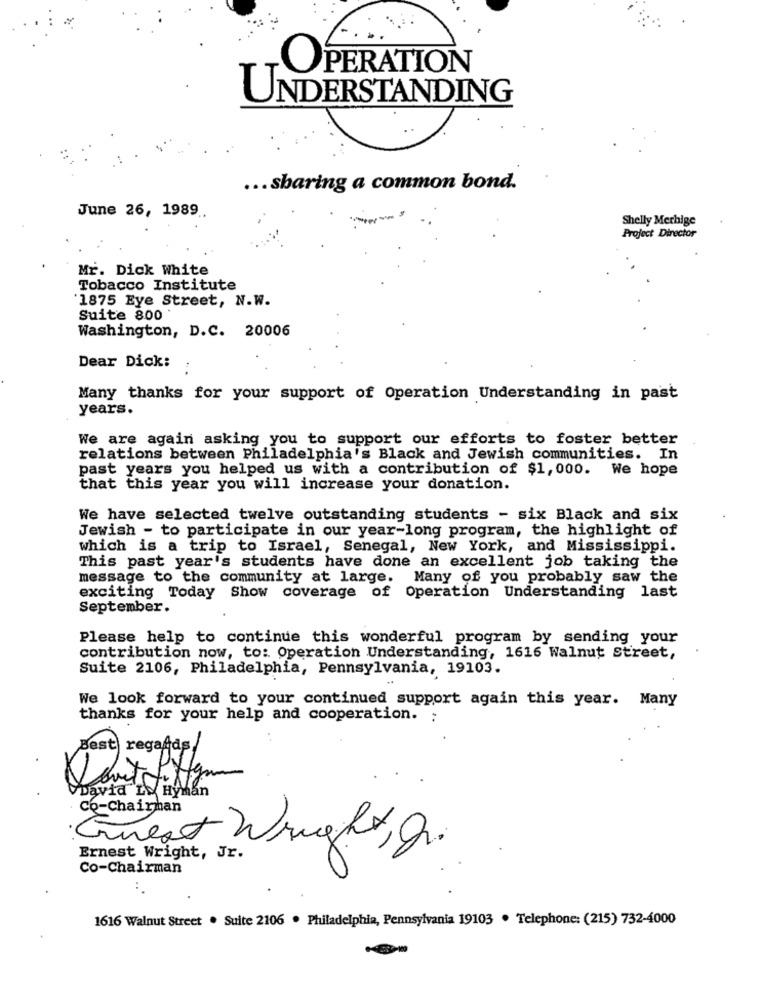
OPERATION
UNDERSTANDING
... sharing a common bond.
June 26, 1989
Shelly Merhige
Project Director
Mr. Dick White
Tobacco Institute
1875 Eye Street, N.W.
Suite 800
Washington, D.C. 20006
Dear Dick:
Many thanks for your support of Operation Understanding in past
years.
We are again asking you to support our efforts to foster better
relations between Philadelphia's Black and Jewish communities. In
past years you helped us with a contribution of $1,000. We hope
that this year you will increase your donation.
We have selected twelve outstanding students - six Black and six
Jewish - to participate in our year-long program, the highlight of
which is a trip to Israel, Senegal, New York, and Mississippi.
This past year's students have done an excellent job taking the
message to the community at large. Many of you probably saw the
exciting Today Show coverage of Operation Understanding last
September.
Please help to continue this wonderful program by sending your
contribution now, to: Operation Understanding, 1616 Walnut Street,
Suite 2106, Philadelphia, Pennsylvania, 19103.
We look forward to your continued support again this year. Many
thanks for your help and cooperation. :
Best regards
David L'. Hyman
Co-Chairman
Guest Wright, gr.
Ernest Wright, Jr.
Co-Chairman
1616 Walnut Street . Suite 2106 . Philadelphia, Pennsylvania 19103 . Telephone: (215) 732-4000